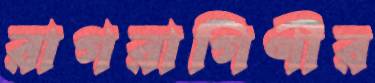
রাগরাগিণীর